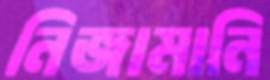
নিজামানি